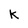
Character: K